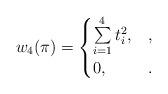
LaTeX: \begin{align*}w_4(\pi)=\begin{cases}\sum\limits_{i=1}^4 t_i^2,&,\\0, & .\end{cases}\end{align*}